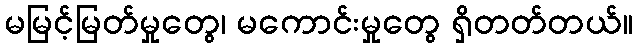
မမြင့်မြတ်မှုတွေ၊ မကောင်းမှုတွေ ရှိတတ်တယ်။